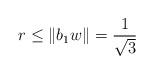
LaTeX: \begin{align*}r & \leq \Vert b_{1}w\Vert=\frac{1}{\sqrt{3}}\end{align*}